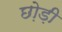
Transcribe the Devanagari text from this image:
छो़ड़ी